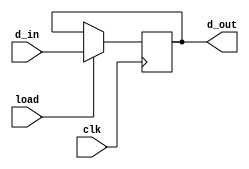
module Accumulator (
    input [7:0] d_in,
    input load,
    input clk,
    output reg [7:0] d_out
);
    always @(posedge clk) begin
        if (load)
            d_out <= d_in;
    end
endmodule